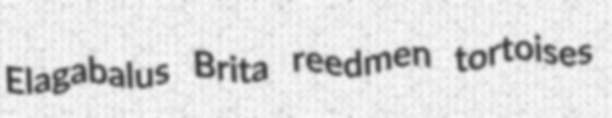
Elagabalus Brita reedmen tortoises